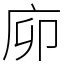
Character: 㡻